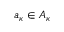
a _ { \kappa } \in A _ { \kappa }